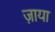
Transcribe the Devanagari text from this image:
ज़ाया